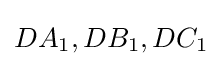
DA_{1},DB_{1},DC_{1}